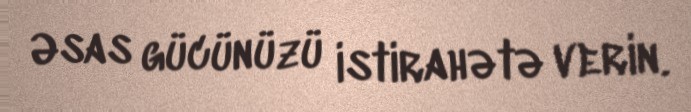
Əsas gücünüzü istirahətə verin.